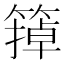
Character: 𬕩